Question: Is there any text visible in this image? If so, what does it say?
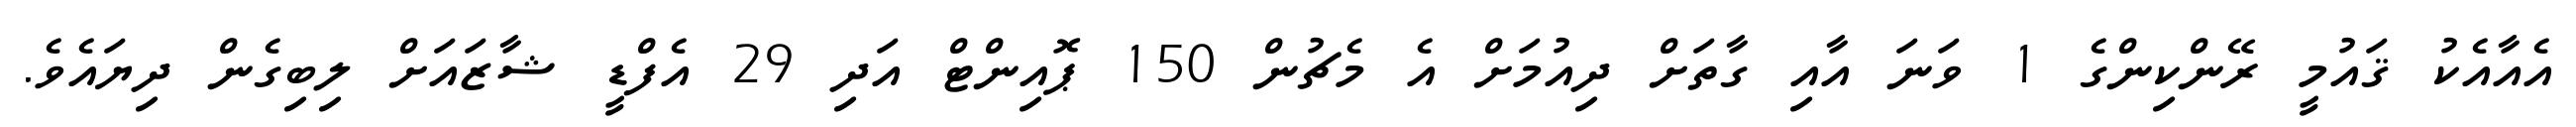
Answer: އެއާއެކު ޤައުމީ ރޭންކިންގެ 1 ވަނަ އާއި ގާތަށް ދިއުމަށް އެ މެޗުން 150 ޕޮއިންޓް އަދި 29 އެފްޑީ ޝާޒައަށް ލިބިގެން ދިޔައެވެ.